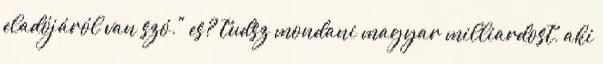
eladójáról van szó." es? tudsz mondani magyar milliardost, aki